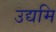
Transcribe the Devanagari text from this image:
उद्यमि